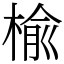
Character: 楡